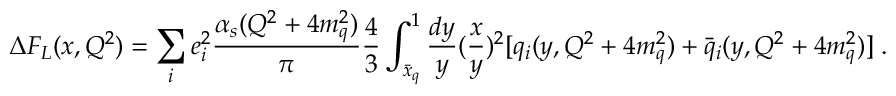
\Delta F _ { L } ( x , Q ^ { 2 } ) = \sum _ { i } e _ { i } ^ { 2 } \frac { \alpha _ { s } ( Q ^ { 2 } + 4 m _ { q } ^ { 2 } ) } { \pi } \frac { 4 } { 3 } \int _ { \bar { x } _ { q } } ^ { 1 } \frac { d y } { y } ( \frac { x } { y } ) ^ { 2 } [ q _ { i } ( y , Q ^ { 2 } + 4 m _ { q } ^ { 2 } ) + \bar { q } _ { i } ( y , Q ^ { 2 } + 4 m _ { q } ^ { 2 } ) ] \; .